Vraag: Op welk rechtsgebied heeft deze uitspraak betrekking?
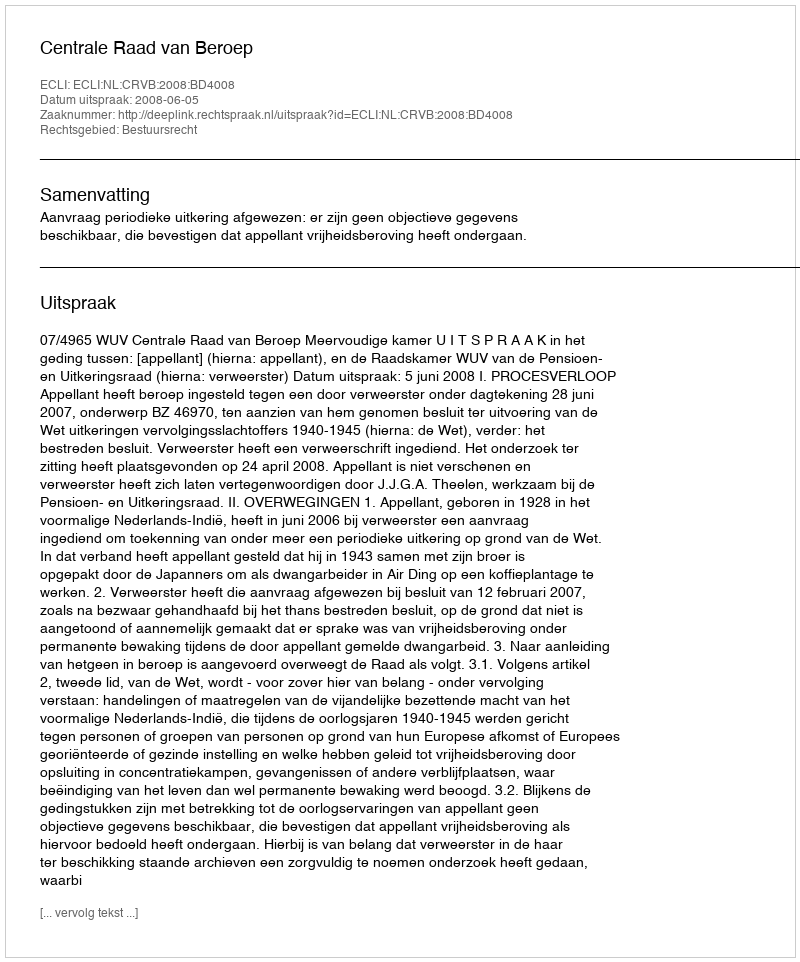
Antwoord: Bestuursrecht